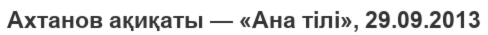
Ахтанов ақиқаты — «Ана тілі», 29.09.2013